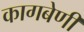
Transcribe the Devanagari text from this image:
कागबेणी